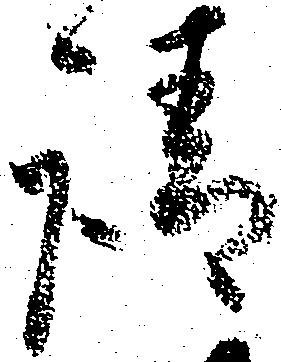
請